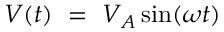
V ( t ) ~ = ~ V _ { A } \sin ( \omega t )